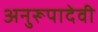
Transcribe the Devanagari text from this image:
अनुरूपादेवी